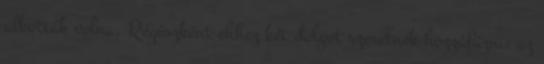
alkották volna. Régészként ehhez két dolgot szeretnék hozzáfűzni: az